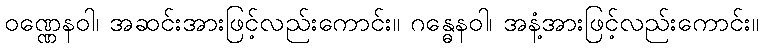
ဝဏ္ဏေနဝါ၊ အဆင်းအားဖြင့်လည်းကောင်း။ ဂန္ဓေနဝါ၊ အနံ့အားဖြင့်လည်းကောင်း။